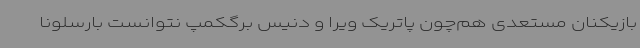
بازیکنان مستعدی هم‌چون پاتریک ویرا و دنیس برگکمپ نتوانست بارسلونا